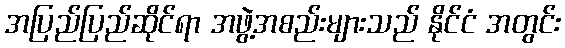
အပြည်ပြည်ဆိုင်ရာ အဖွဲ့အစည်းများသည် နိုင်ငံ အတွင်း